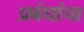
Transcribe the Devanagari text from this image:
प्रबंधांचा